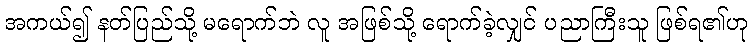
အကယ်၍ နတ်ပြည်သို့ မရောက်ဘဲ လူ အဖြစ်သို့ ရောက်ခဲ့လျှင် ပညာကြီးသူ ဖြစ်ရ၏ဟု